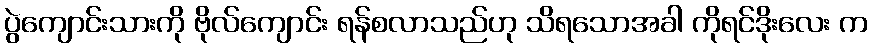
ပွဲကျောင်းသားကို ဗိုလ်ကျောင်း ရန်စလာသည်ဟု သိရသောအခါ ကိုရင်ဒိုးလေး က